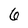
Character: 6